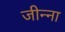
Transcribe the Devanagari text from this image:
जीन्ना